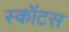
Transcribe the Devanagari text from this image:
स्कॉटस